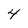
Character: 4